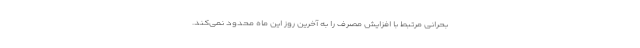
بحرانی مرتبط با افزایش مصرف را به آخرین روز این ماه محدود نمی‌کند.